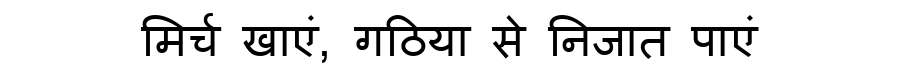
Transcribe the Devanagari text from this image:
मिर्च खाएं, गठिया से निजात पाएं